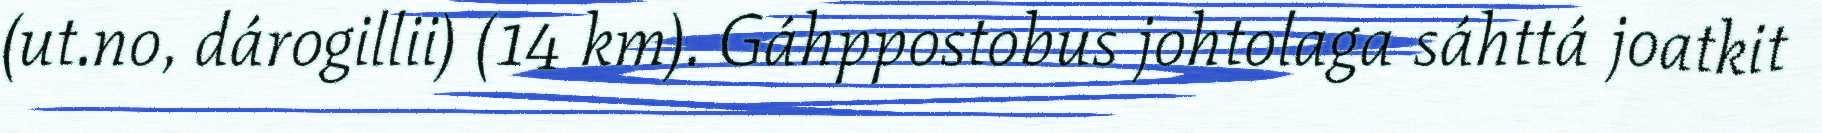
(ut.no, dárogillii) (14 km). Gáhppostobus johtolaga sáhttá joatkit